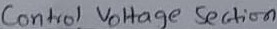
Text: Control voltage Section